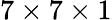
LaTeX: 7\times 7\times 1